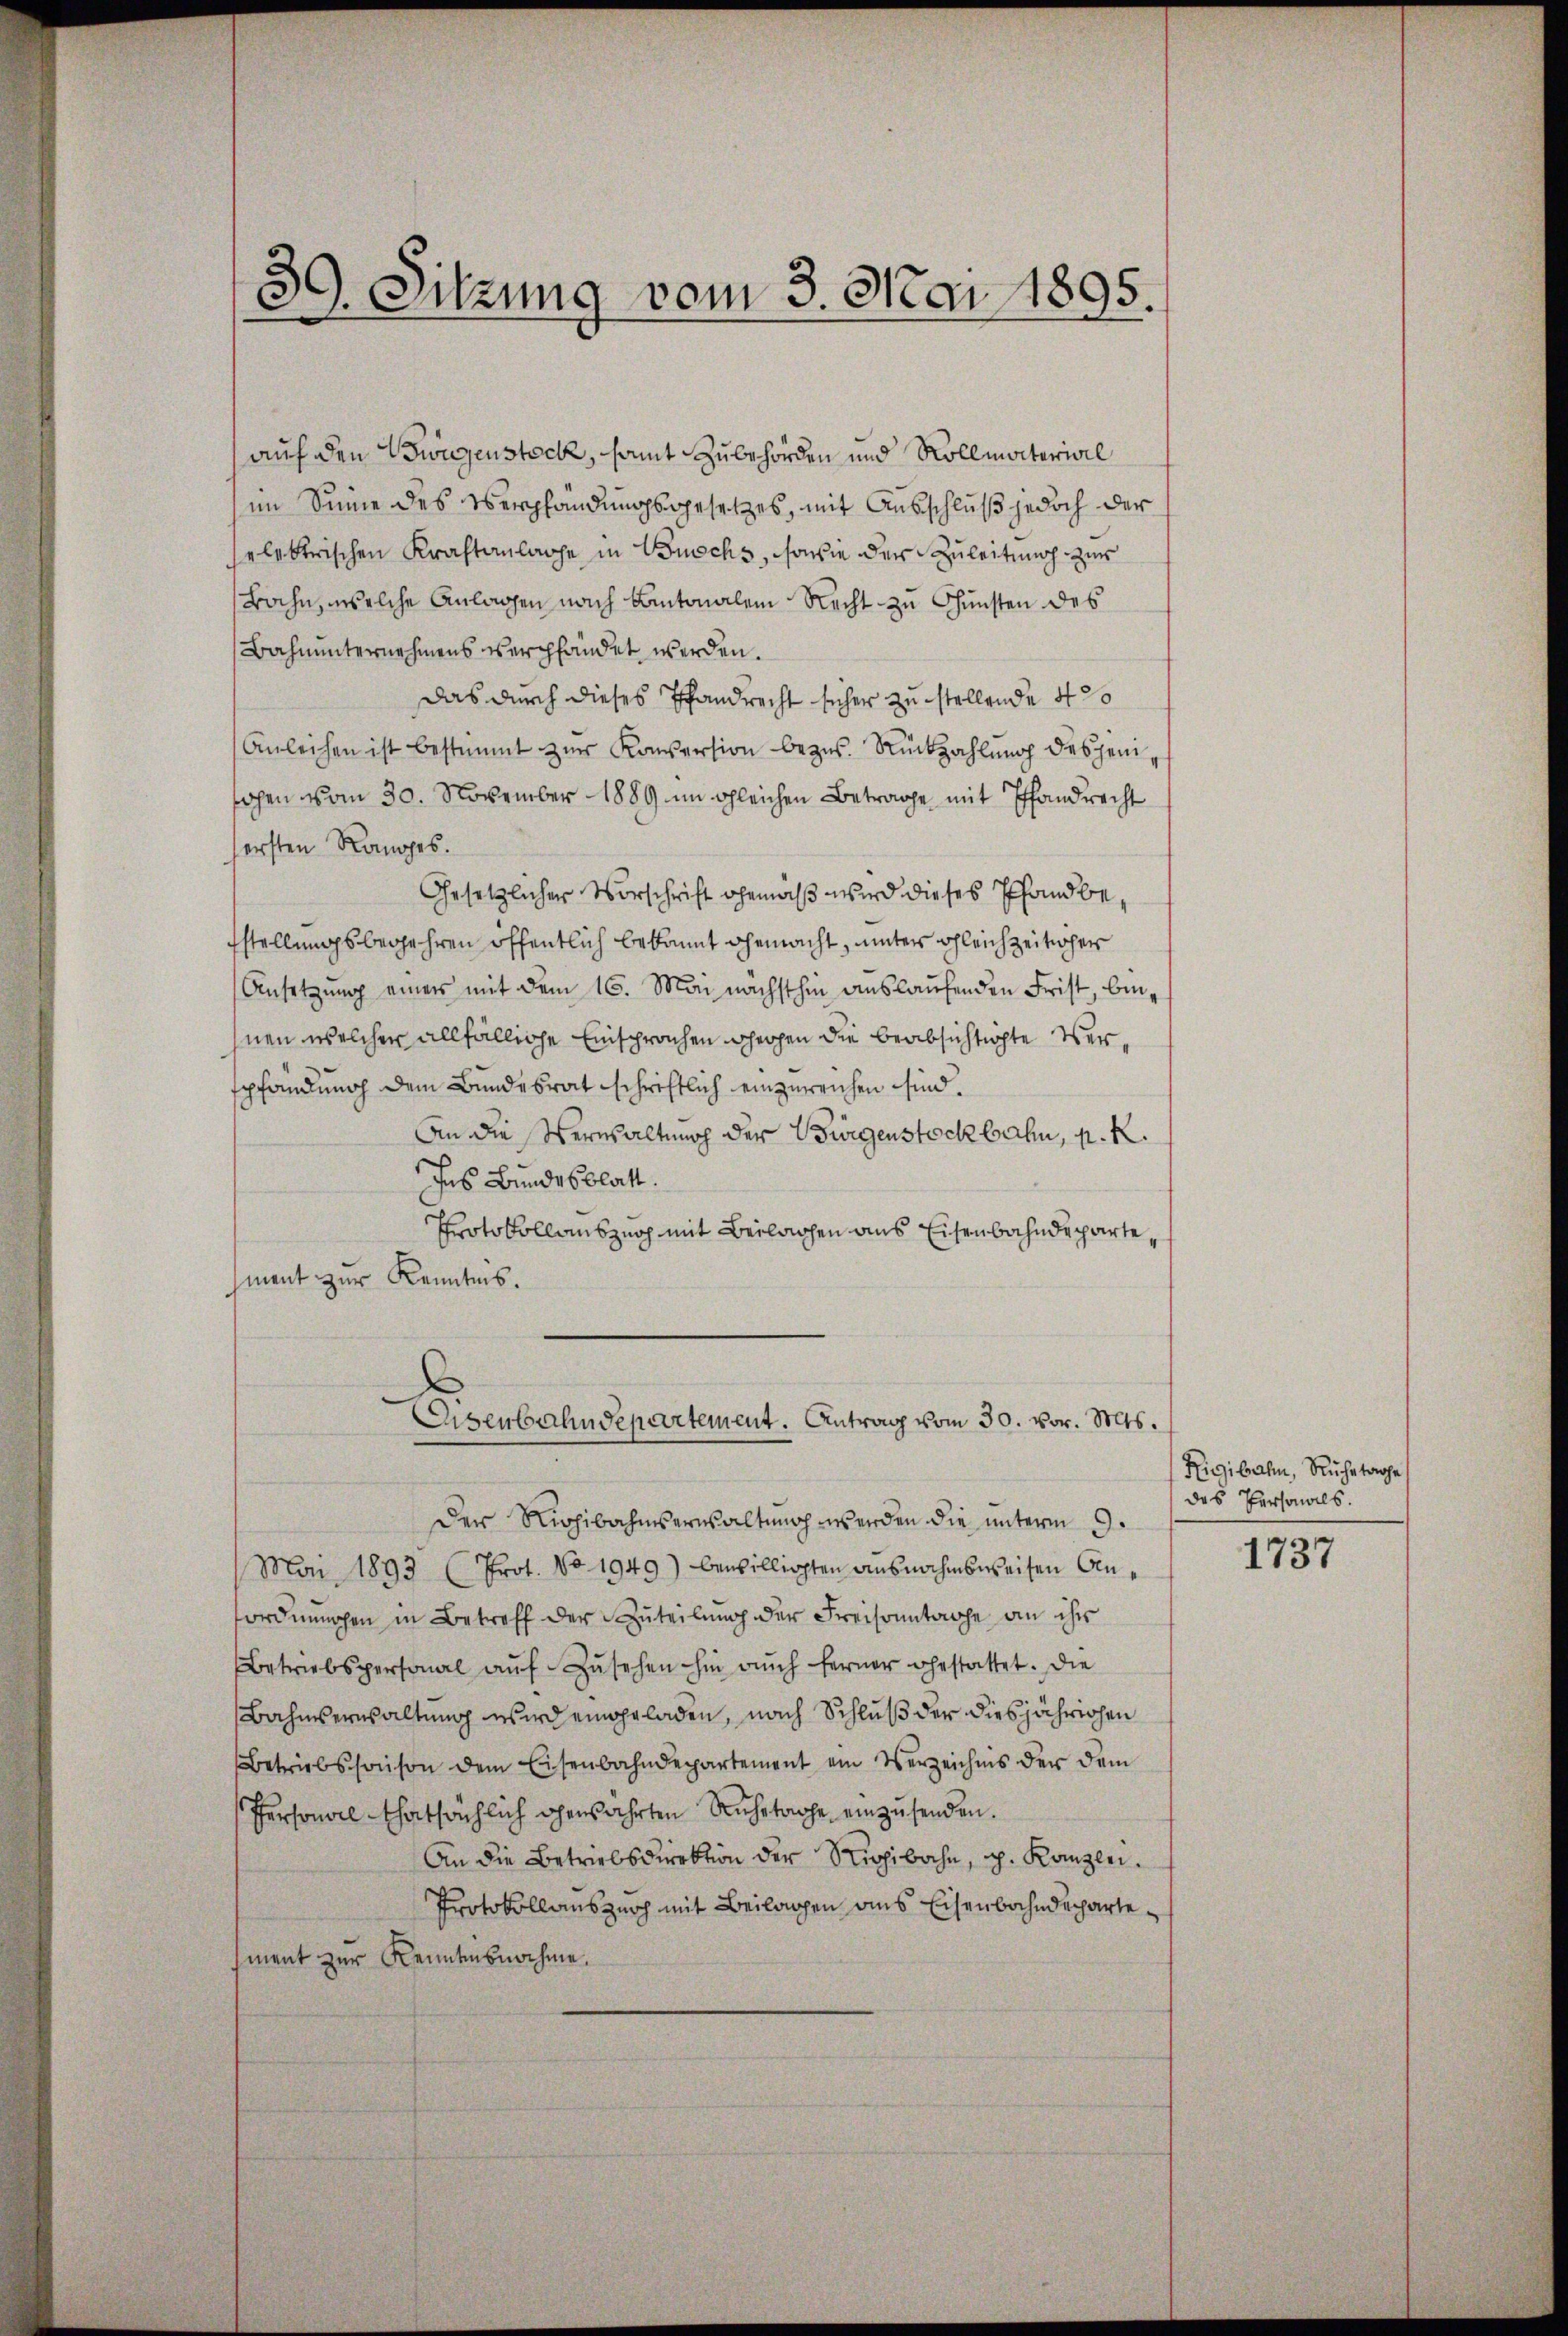
3
 Sitzung vom 3. Mai 1895.

auf den Ewigenstock, samt Zubehörden und Kollmaterwil
im Sinne des Verpfandungsgesetzes, mit Ausschluß jedoch der
selektrischen Kraftanlage in Buchs, sowie der Zuleitung zur
Bahn, welche Anlagen nach Kantonalen Recht zu Gunsten des
Bahnunternehmens verpfändet werden.
das durch dieses Pfandrecht seher zu stellende 420
Anleihen ist bestimmt zŭr Konsersion bezŭs. Rückzahlŭng desjeniohen vom 30. November 1889 im gleichen Betrage mit Pfandrecht
sersten Ranges.
Gesetzlicher Vorschrift gemäß wird dieses Pfandbestellungsbegehren öffentlich bekannt gemacht, unter gleichzeither
Ansetzung einer mit dem 16. Mai nächsthin auslaufenden Frist, binnen welcher allfällige Einsprachen gehen die beabsichtigte Verspfandung dem Bundesrat schriftlich einzureichen sind.
An die Verwaltung der Bürgenstöckbahn, p. K.
Ins Bundesblatt.
Protokollauszug mit Beilagen aus Eisenbahndepartement zur Kenntnis.
Eisenbahndepartement. Antrag vom 30. vor. Mts.
Der Richibahmserwaltung werden die unterm 9.
Mai 1893 (Prot. No 1949) bewilligten ausnahmsweisen Anordnungen in Betreff der Zuteilung der Freisonntage an ihr
Betriebspersonal aŭf Zŭsehen hin aŭch ferner gestattet. Die
Bahmserwaltung wird eingeladen, nach Schluß der diesjährigen
Betriebssonson dem Eisenbahndepartement ein Verzeichnis der dem
Personal thatsächlich gewahrten Ruhetage einzusenden.
An die Betriebsdirektion der Rigibahn, p. Kanzlei.
Protokollauszusch mit Beilagen aus Eisenbahndechartement zur Rennensnahme.

Rigibahn, Ruhetage
des Personals.

1737